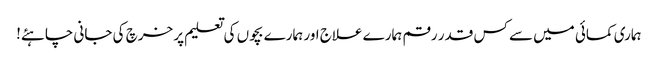
ہماری کمائی میں سے کس قدر رقم ہمارے علاج اور ہمارے بچوں کی تعلیم پر خرچ کی جانی چاہئے!